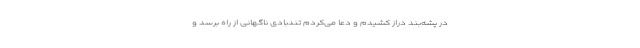
در پشه‌بند دراز کشیدم و دعا می‌کردم تندبادی ناگهانی از راه برسد و